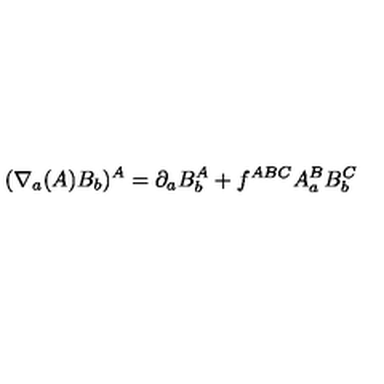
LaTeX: ( \nabla _ { a } ( A ) B _ { b } ) ^ { A } = \partial _ { a } B _ { b } ^ { A } + f ^ { A B C } A _ { a } ^ { B } B _ { b } ^ { C }